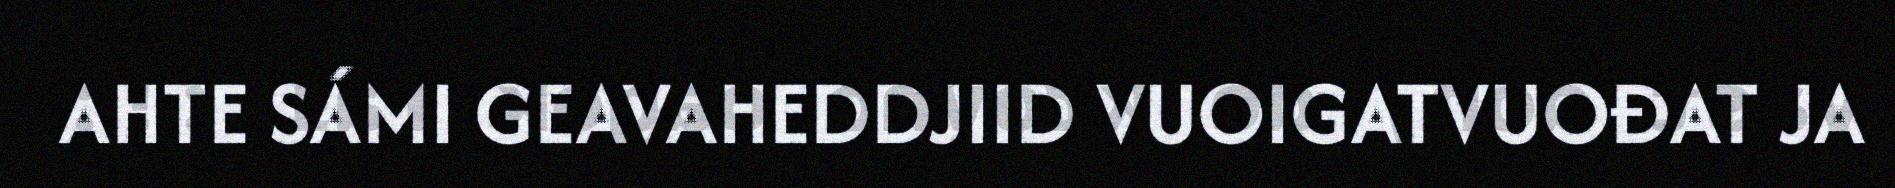
AHTE SÁMI GEAVAHEDDJIID VUOIGATVUOĐAT JA